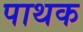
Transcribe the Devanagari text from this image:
पाथक